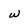
Character: w